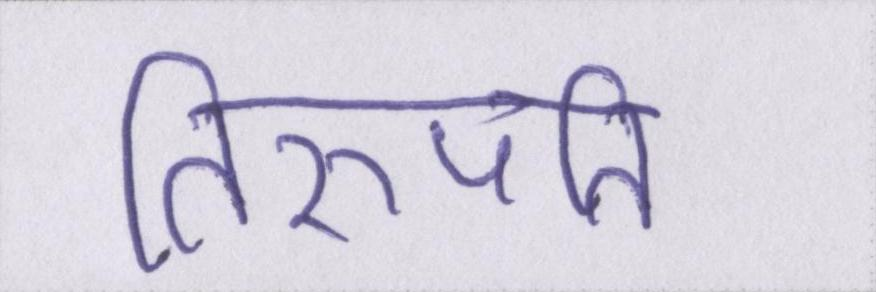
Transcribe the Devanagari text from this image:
तिरुपति